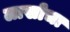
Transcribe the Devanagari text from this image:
लाखोचा